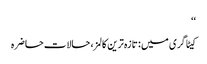
‘‘
کیٹاگری میں : تازہ ترین کالمز، حالات حاضرہ